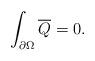
LaTeX: \begin{align*} \int_{\partial\Omega}\overline{Q}=0.\end{align*}